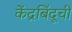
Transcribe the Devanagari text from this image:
केंद्रबिंदूची